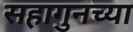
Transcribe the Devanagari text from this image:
सहागुनच्या